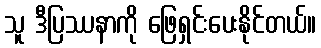
သူ ဒီပြဿနာကို ဖြေရှင်းပေးနိုင်တယ်။